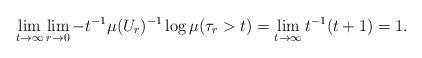
LaTeX: \begin{align*}\lim_{t \to \infty} \lim_{r \to 0} - t^{-1} \mu(U_r)^{-1} \log \mu(\tau_r > t) = \lim_{t \to \infty} t^{-1}(t+1) = 1 .\end{align*}